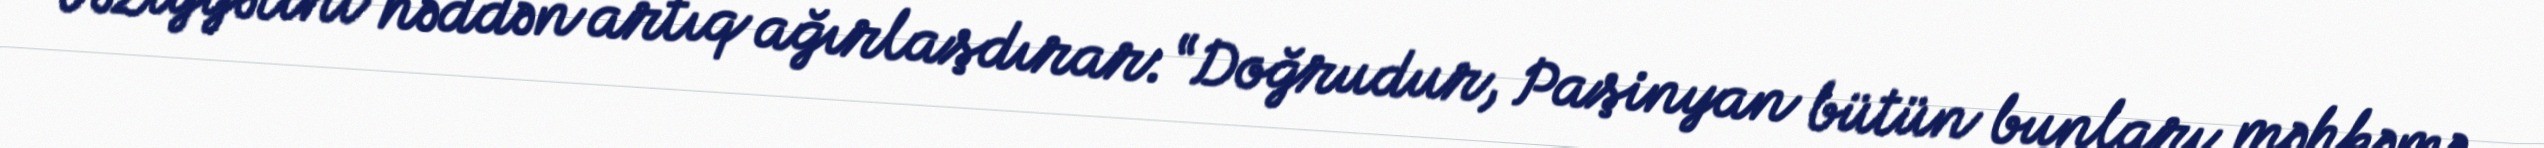
vəziyyətini həddən artıq ağırlaşdırar: “Doğrudur, Paşinyan bütün bunları məhkəmə